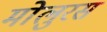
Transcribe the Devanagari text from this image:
मोलुरस